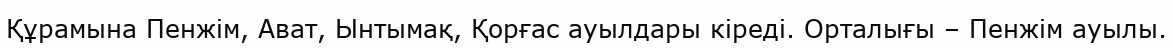
Құрамына Пенжім, Ават, Ынтымақ, Қорғас ауылдары кіреді. Орталығы – Пенжім ауылы.